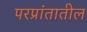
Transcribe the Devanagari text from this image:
परप्रांतातील